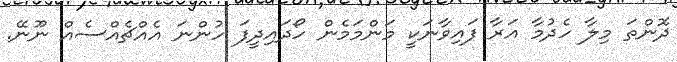
ދޮންތަ މިލާ ހެދުމާ އަރާ ފައިވާނަކީ މަންމަމެން ހޯދައިދީފަ ހުންނަ އެއްޗެއްސެއް ނޫނޭ.